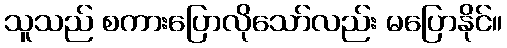
သူသည် စကားပြောလိုသော်လည်း မပြောနိုင်။